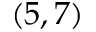
( 5 , 7 )